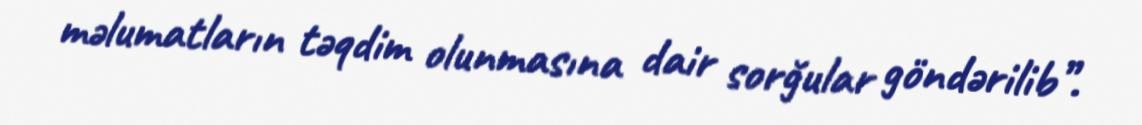
məlumatların təqdim olunmasına dair sorğular göndərilib”.